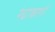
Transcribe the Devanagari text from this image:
रंध्राकाशों